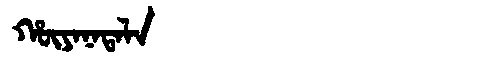
Manchu: ᡥᡡᠶᠠᠨᠠᡨᠠᠯᠠ
Romanization: HŪYANATALA